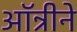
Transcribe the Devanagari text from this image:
ऑन्रीने